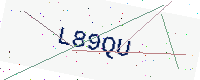
Text: L89QU